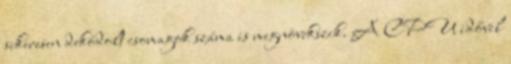
sikeresen dekódolt csomagok száma is megnövekszik. A CPU idővel